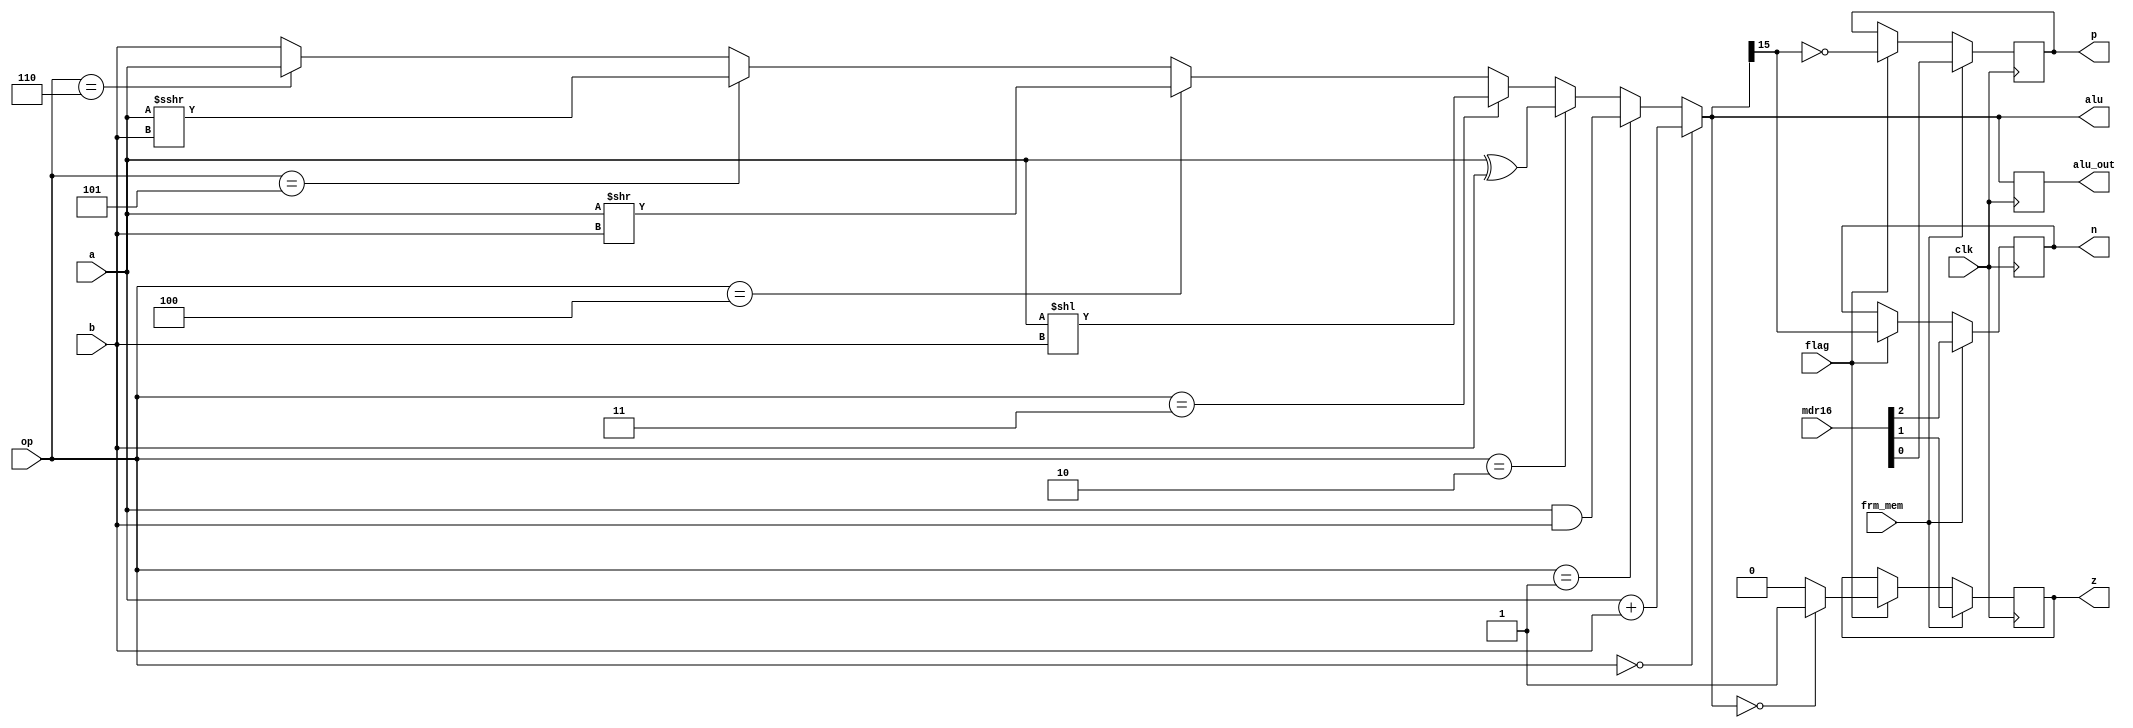
//alu design
module alu(alu_out,alu,z,n,p,a,b,op,clk,flag, mdr16, frm_mem);
input frm_mem;
input [15:0] mdr16;
input flag;
input clk;
input signed [15:0]a;
input signed [15:0]b;
input [2:0] op;
output reg signed[15:0]alu_out;
output reg z,n,p;
output signed [15:0]alu;
assign alu  = (op == 3'b000) ? a+b:                      //16-bit addition
              (op == 3'b001) ? a&b:                      //16-bit logical and
				  (op == 3'b010) ? a^b:                    //16 bit xor
              (op == 3'b011) ? a<<b:                     //left shift
              (op == 3'b100) ? a>>b:                   //right shift 
              (op == 3'b101) ? a>>>b:                     //right shift arithmetic
	           (op == 3'b110) ? a:                        //none 1
			                      b;                        //none 2
       


//not(p,out[15]);
//not(n,p);
//nor(z,out[15],out[14],out[13],out[12],out[11],out[10],out[9],out[8],out[7],out[6],out[5],out[4],out[3],out[2],out[1],out[0]);

always@(negedge clk)
begin

alu_out=alu;       //latch the output

if(flag)
begin
if(alu_out==16'b0) z=1; else z=0;

p=~alu_out[15];
n=alu_out[15];

end

if(frm_mem)            //psr update from memory as in return from some call statements
begin
p=mdr16[0];
z=mdr16[1];
n=mdr16[2];
end

end


endmodule